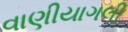
વાણીયાગલી